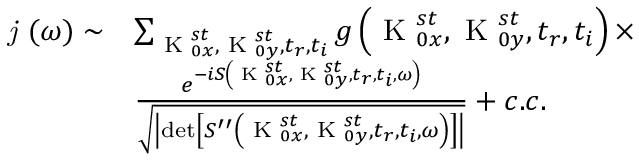
\begin{array} { r l } { \textit { j } ( \omega ) \sim } & { \sum _ { \textrm { K } _ { 0 x } ^ { s t } , \textrm { K } _ { 0 y } ^ { s t } , t _ { r } , t _ { i } } g \left( \textrm { K } _ { 0 x } ^ { s t } , \textrm { K } _ { 0 y } ^ { s t } , t _ { r } , t _ { i } \right) \times } \\ & { \frac { e ^ { - i S \left( \textrm { K } _ { 0 x } ^ { s t } , \textrm { K } _ { 0 y } ^ { s t } , t _ { r } , t _ { i } , \omega \right) } } { \sqrt { \left| \det \left[ S ^ { \prime \prime } \left( \textrm { K } _ { 0 x } ^ { s t } , \textrm { K } _ { 0 y } ^ { s t } , t _ { r } , t _ { i } , \omega \right) \right] \right| } } + c . c . } \end{array}